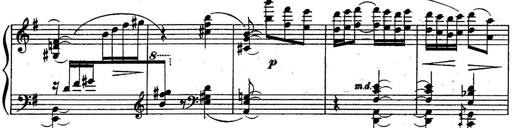
Title: Sonatine
Composer: Adrian Shaposhnikov
Key: E minor